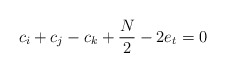
\begin{align*}c_i+c_j-c_k+\frac{N}{2}-2e_t = 0\end{align*}